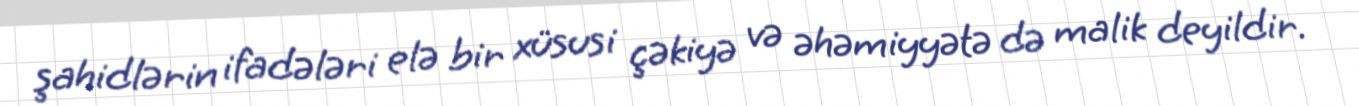
şahidlərin ifadələri elə bir xüsusi çəkiyə və əhəmiyyətə də malik deyildir.